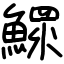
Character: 鰥